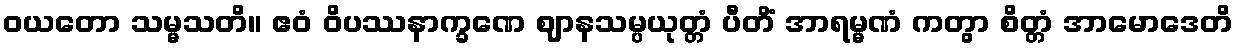
ဝယတော သမ္မသတိ။ ဧဝံ ဝိပဿနာက္ခဏေ ဈာနသမ္ပယုတ္တံ ပီတိံ အာရမ္မဏံ ကတွာ စိတ္တံ အာမောဒေတိ